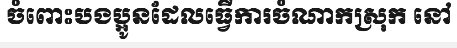
ចំពោះបងប្អូនដែលធ្វើការចំណាកស្រុក នៅ